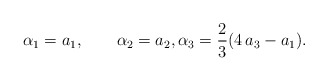
\begin{align*}\alpha_1={a_1 }, \qquad\alpha_2={a_2}, \alpha_3=\frac{2}{3}(4\,a_3-a_1).\end{align*}